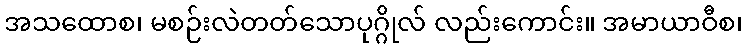
အသထောစ၊ မစဉ်းလဲတတ်သောပုဂ္ဂိုလ် လည်းကောင်း။ အမာယာဝီစ၊